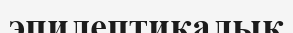
эпилептикалық